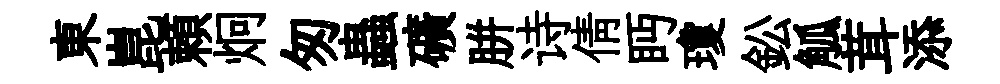
東崑頼炯匆蟲礦胼诗倩眄瓊鈆觚茸添